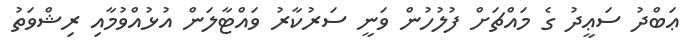
ޢަބްދު ސަޢީދު ގެ މައްޗަށް ފުލުހުން ވަނީ ސަރުކާރު ވައްޓާލަން އުޅުއްވުމާއި ރިޝްވަތު